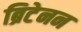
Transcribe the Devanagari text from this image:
ब्रिटेनन